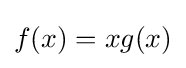
f(x)=xg(x)